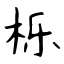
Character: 栎